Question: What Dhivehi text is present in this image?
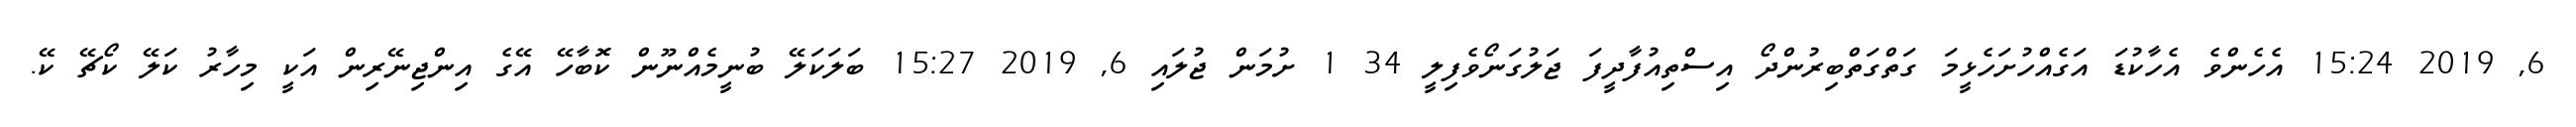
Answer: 6, 2019 15:24 އެހެންވެ އެހާކުޑަ އަގެއްހުށަހެޅީމަ ގަތްގަތްބިރުންދޯ އިސްތިއުފާދީފަ ޖަލުގަނޯވެފިލީ 34 1 ށުމަން ޖުލައި 6, 2019 15:27 ބަލަކަލޭ ބުނީމެއްނޫން ކޮބާހޭ އޭގެ އިންޖިނޭރިން އަކީ މިހާރު ކަލޭ ކޯޗޭ ކޭ.